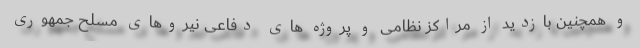
و همچنین بازدید از مراکز نظامی و پروژه های دفاعی نیروهای مسلح جمهوری